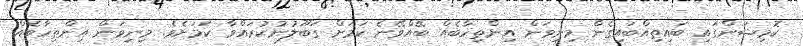
ކޮމިޝަންގައި ބައިތިއްބައިގެން މިނިވަން އިންތިހާބެއް ބޭއްވޭނެ ކަމަށް ގަބޫލުނުކުރައްވާ ކަމަށެވެ. މިނިވަން އިންތިހާބެއް